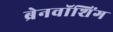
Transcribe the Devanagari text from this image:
ब्रेनवॉशिंग